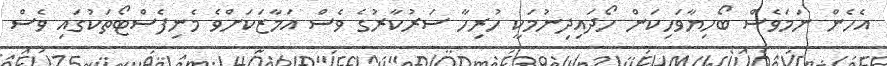
އެހެން ނަމަވެސް ބޯހިޔާވަހިކަން ހޯދައިދިނުމަކީ ހުރިހާ ސަރުކާރުގެ ވެސް އަމާޒަކަށްވެ މެނިފެސްޓޯތަކުގައި ވެސް